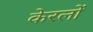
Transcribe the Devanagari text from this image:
केरलों